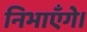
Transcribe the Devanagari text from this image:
निभाएँगे।